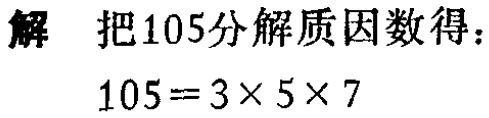
解 把105分解质因数得：

\(105 = 3\times5\times7\)